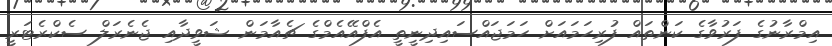
އިމްރާނުގެ ފަރުވާގެ ކަންތައް ފުރިހަމައަށް ހަމަޖައްސައިދިނީތީ އެފްއޭއެމްގެ ޗެއާމަން ޝަވީދާއި ޖެނެރަލް ސެކްރެޓަރީ